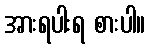
အားရပါးရ စားပါ။